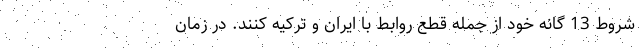
شروط 13 گانه خود از جمله قطع روابط با ایران و ترکیه کنند. در زمان